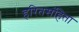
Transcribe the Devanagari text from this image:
हरितसंहिता